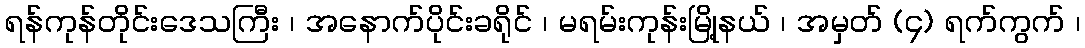
ရန်ကုန်တိုင်းဒေသကြီး ၊ အနောက်ပိုင်းခရိုင် ၊ မရမ်းကုန်းမြို့နယ် ၊ အမှတ် (၄) ရက်ကွက် ၊